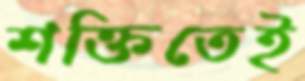
শক্তিতেই